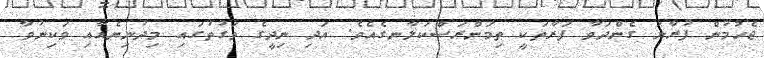
ޖެހުމުން ފުރާނަ ގެންދަވާ ފަރާތަކީ ތިމަންރަސްކަލާނގެއެވެ. އަދި ނިދީގެ ވަގުތުގައި މިދުނިޔެއާއި ވަކިނުވާ